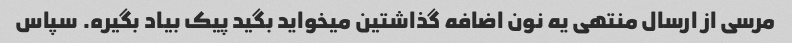
مرسی از ارسال منتهی یه نون اضافه گذاشتین میخواید بگید پیک بیاد بگیره. سپاس